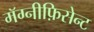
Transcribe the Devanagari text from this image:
मॅग्नीफ़िसेन्ट